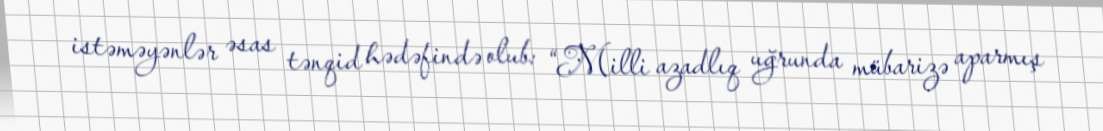
istəməyənlər əsas tənqid hədəfində olub: “Milli azadlıq uğrunda mübarizə aparmış